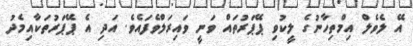
އޭ ލެވެލް އިމްތިހާނުގެ ލީކުވި ޕޭޕަރުތައް ވަނީ ވައިރަލްވެފައެވެ. އަދި އެ ޕޭޕަރުތަކާއިމެދު